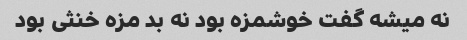
نه میشه گفت خوشمزه بود نه بد مزه خنثی بود